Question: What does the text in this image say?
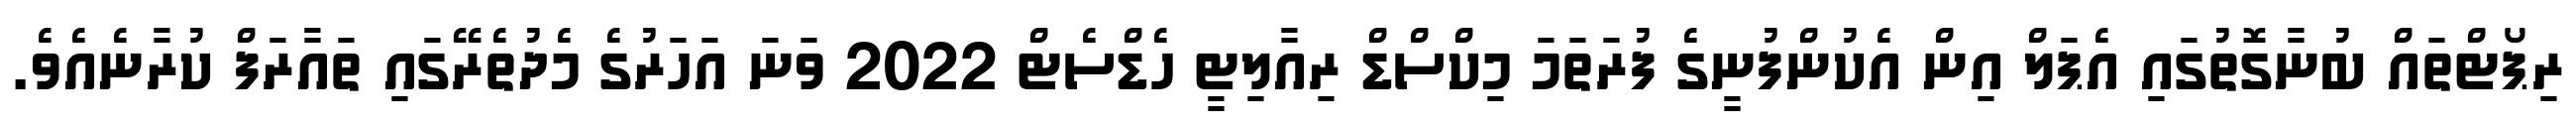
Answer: ރިޕޯޓްތައް ބުނާގޮތުގައި އެޕަލް އިން އެކުންފުނީގެ ފުރަތަމަ މިކްސްޑް ރިއާލިޓީ ހެޑްސެޓް 2022 ވަނަ އަހަރުގެ މެދުތެރޭގައި ތައާރަފް ކުރާނެއެވެ.